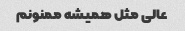
عالی مثل همیشه ممنونم